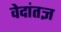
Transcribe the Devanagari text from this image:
वेदांतज्ञ